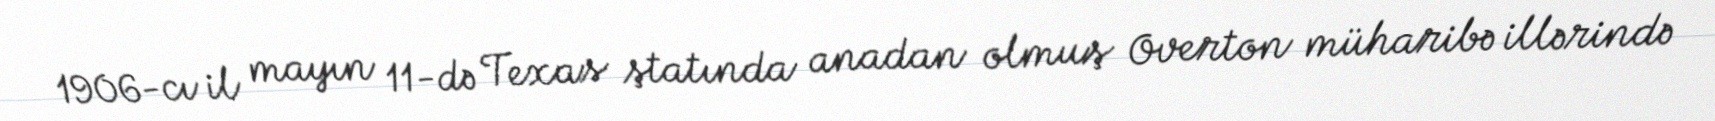
1906-cı il mayın 11-də Texas ştatında anadan olmuş Overton müharibə illərində